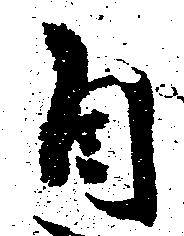
自